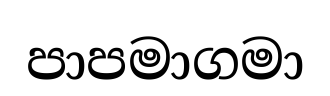
පාපමාගමා